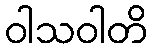
ဝါသဝါတိ